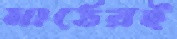
মাঠেরই